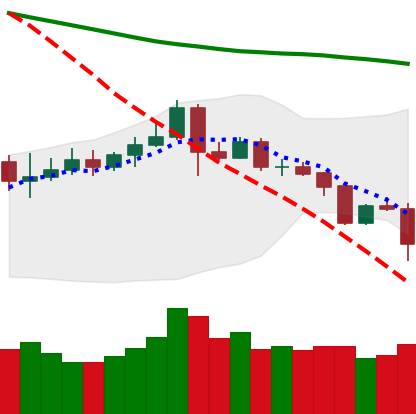
Ticker: ETC-USD
Chart end date: 2019-11-18
Forward return: -8.837%
Label: down_7plus